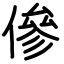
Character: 傪